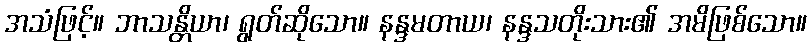
အသံဖြင့်။ ဘာသန္တိယာ၊ ရွတ်ဆိုသော။ နန္ဒမတာယ၊ နန္ဒသတိုးသား၏ အမိဖြစ်သော။